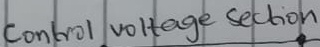
Text: Control voltage Section